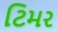
ટિમર